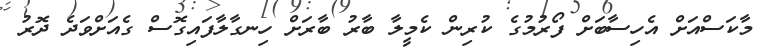
މާކަސްއަށް އެހިސާބަށް ފޯރުމުގެ ކުރިން ކެމީލާ ބާރު ބާރަށް ހިނގާލާފައިގޮސް ގެއަށްވަދެ ދޮރު